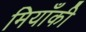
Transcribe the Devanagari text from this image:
मियाँकी